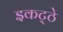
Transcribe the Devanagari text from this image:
इकट्‍ठे